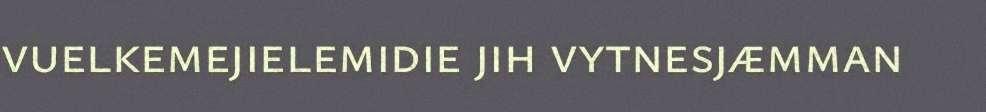
vuelkemejielemidie jih vytnesjæmman